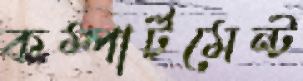
কম্পার্টমেন্ট